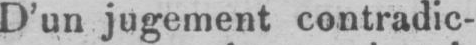
D’un jugement contradic-